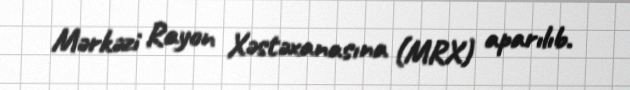
Mərkəzi Rayon Xəstəxanasına (MRX) aparılıb.